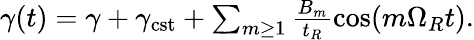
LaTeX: \begin{array}{r}{\gamma(t)=\gamma+\gamma_{\mathrm{cst}}+\sum_{m\ge 1}\frac{B_{m}}{t_{R}}\cos(m\Omega_{R}t).}\end{array}